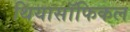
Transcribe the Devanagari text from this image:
थियासॉफिकल